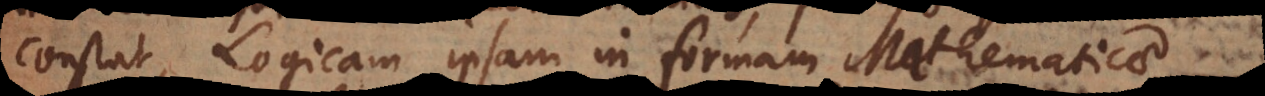
constat, Logicam ipsam in formam Mathematicae